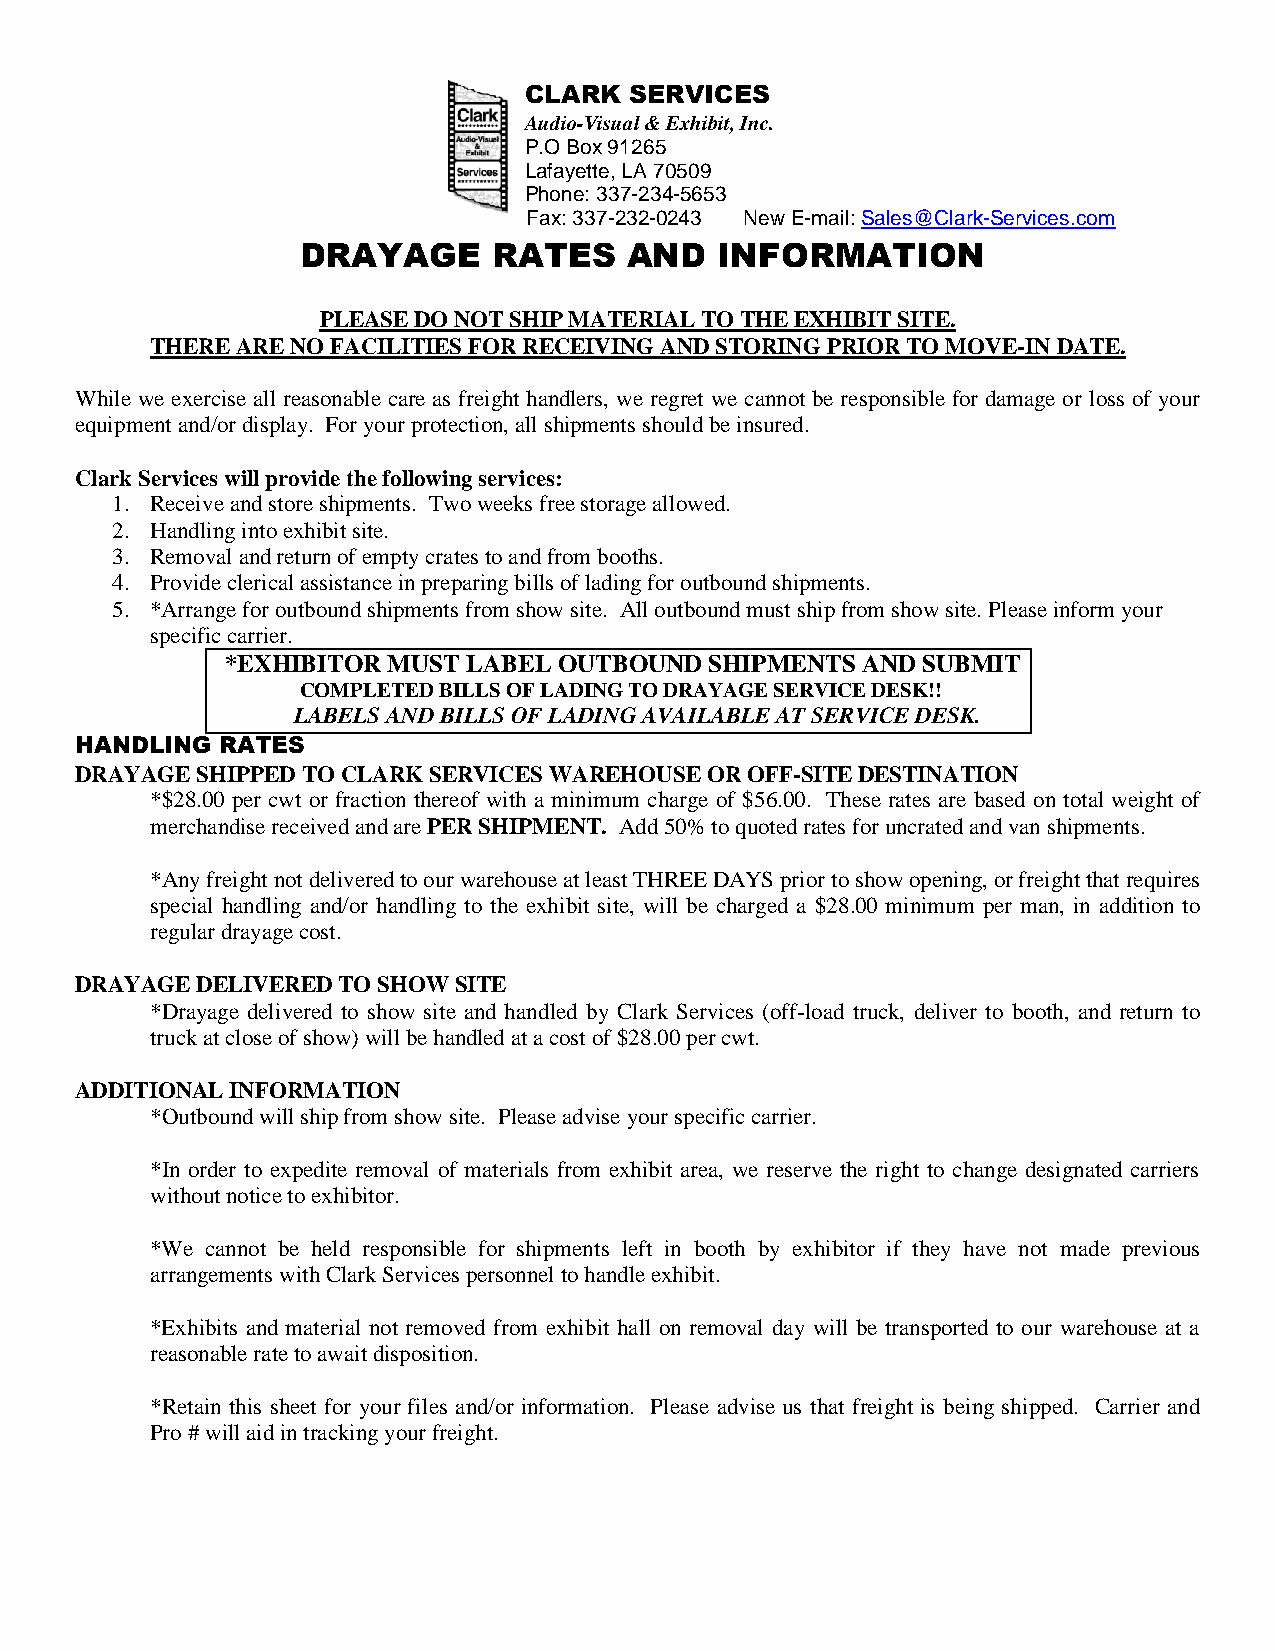
CLARK  SERVICES
 Audio-Visual & Exhibit, Inc.
 P.O Box 91265
 Lafayette, LA 70509
 Phone: 337-234-5653
 Fax: 337-232-0243 New E-mail: Sales@Clark-Services.com
 DRAYAGE      RATES    AND   INFORMATION
 PLEASE DO NOT SHIP MATERIAL TO THE EXHIBIT SITE.
 THERE ARE NO FACILITIES FOR RECEIVING AND STORING PRIOR TO MOVE-IN DATE.
 While we exercise all reasonable care as freight handlers, we regret we cannot be responsible for damage or loss of your
 equipment and/or display. For your protection, all shipments should be insured.
 Clark Services will provide the following services:
 1. Receive and store shipments. Two weeks free storage allowed.
 2. Handling into exhibit site.
 3. Removal and return of empty crates to and from booths.
 4. Provide clerical assistance in preparing bills of lading for outbound shipments.
 5. *Arrange for outbound shipments from show site. All outbound must ship from show site. Please inform your
 specific carrier.
 *EXHIBITOR MUST LABEL OUTBOUND  SHIPMENTS AND SUBMIT
 COMPLETED BILLS OF LADING TO DRAYAGE SERVICE DESK!!
 LABELS AND BILLS OF LADING AVAILABLE AT SERVICE DESK.
 HANDLING RATES
 DRAYAGE SHIPPED TO CLARK SERVICES WAREHOUSE OR OFF-SITE DESTINATION
 *$28.00 per cwt or fraction thereof with a minimum charge of $56.00. These rates are based on total weight of
 merchandise received and are PER SHIPMENT. Add 50% to quoted rates for uncrated and van shipments.
 *Any freight not delivered to our warehouse at least THREE DAYS prior to show opening, or freight that requires
 special handling and/or handling to the exhibit site, will be charged a $28.00 minimum per man, in addition to
 regular drayage cost.
 DRAYAGE DELIVERED TO SHOW SITE
 *Drayage delivered to show site and handled by Clark Services (off-load truck, deliver to booth, and return to
 truck at close of show) will be handled at a cost of $28.00 per cwt.
 ADDITIONAL INFORMATION
 *Outbound will ship from show site. Please advise your specific carrier.
 *In order to expedite removal of materials from exhibit area, we reserve the right to change designated carriers
 without notice to exhibitor.
 *We cannot be held responsible for shipments left in booth by exhibitor if they have not made previous
 arrangements with Clark Services personnel to handle exhibit.
 *Exhibits and material not removed from exhibit hall on removal day will be transported to our warehouse at a
 reasonable rate to await disposition.
 *Retain this sheet for your files and/or information. Please advise us that freight is being shipped. Carrier and
 Pro # will aid in tracking your freight.